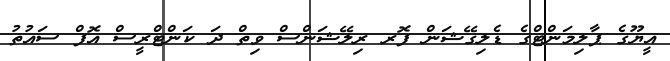
އީޔޫގެ ޕާލިމަންޓްގެ ޑެލިގޭޝަން ފޮރ ރިލޭޝަންސް ވިތް ދަ ކަންޓްރީސް އޮފް ސައުތު